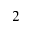
^ { 2 }